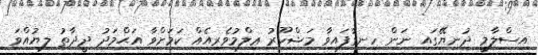
އިސްލާމީ ދުނިޔޭގައި ނަން ހިނގާފައިވާ މަޝްހޫރު ޢިލްމުވެރިއެއް ކަމަށްވާ އަޙްމަދު ދީދާތު ލިޔުއްވަ